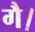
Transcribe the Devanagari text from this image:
गै।